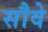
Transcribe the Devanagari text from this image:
सौवे